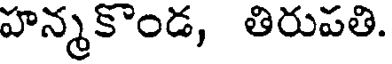
హన్మకొండ, తిరుపతి.